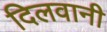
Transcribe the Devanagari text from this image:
दिलवानी